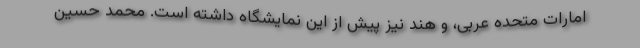
امارات متحده عربی، و هند نیز پیش از این نمایشگاه داشته است. محمد حسین